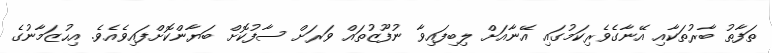
ތަފާތު ބާރުތަކާއި އޭނާގެވެރިކަމުގައި އޭނާއަށް ލިބިފައިވާ ނުފޫޒުތައް ވަރަށް ސާފުކޮށް ބަޔާންކޮށްފައިވެއެވެ. އިހުޒަމާނުގެ